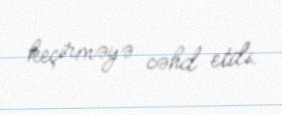
keçirməyə cəhd etdi.